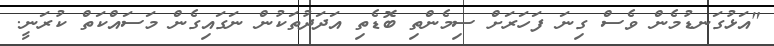
"އަޅުގަނޑުމެން ވެސް ގިނަ ފަހަރަށް ސިމެންތި ބޮޑެތި އަދަދުތަކުން ނަގައިގެން މަސައްކަތް ކުރަނީ.